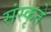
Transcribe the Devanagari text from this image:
संस्कृते